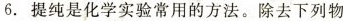
6. 提纯是化学实验常用的方法。除去下列物